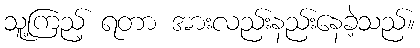
သူ့ကြည့် ရတာ အားလည်းနည်းနေခဲ့သည်။